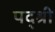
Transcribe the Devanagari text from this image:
पद्श्री